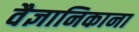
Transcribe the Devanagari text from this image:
वैज्ञानिकाना